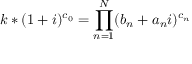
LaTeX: k * ( 1 + i ) ^ { c _ { 0 } } = \prod _ { n = 1 } ^ { N } ( b _ { n } + a _ { n } i ) ^ { c _ { n } }